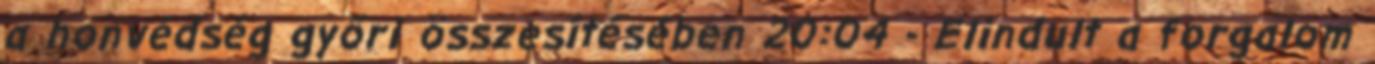
a honvédség győri összesítésében 20:04 - Elindult a forgalom